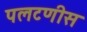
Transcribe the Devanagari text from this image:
पलटणीस